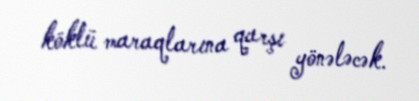
köklü maraqlarına qarşı yönələcək.